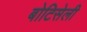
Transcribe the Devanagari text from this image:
बोटिसेली